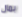
بمال